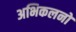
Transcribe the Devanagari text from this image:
अभिकलनों